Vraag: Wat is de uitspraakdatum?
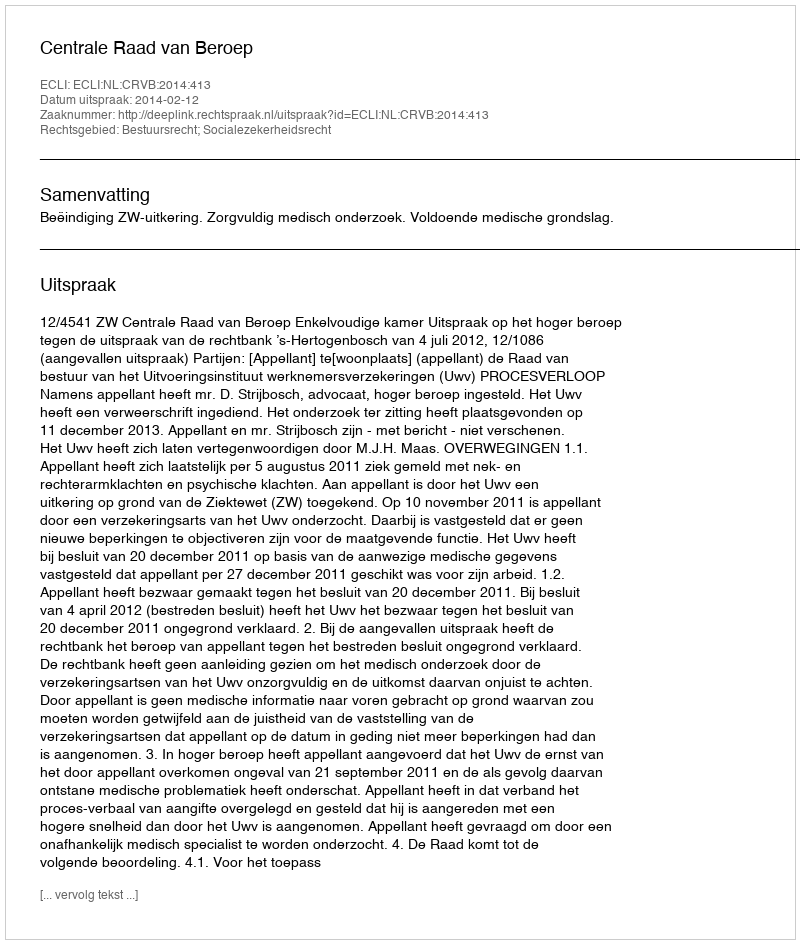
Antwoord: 2014-02-12